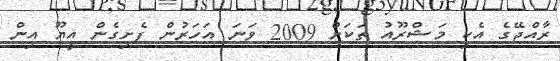
ރާއްޖޭގެ އެކި މަޝްރޫއު ތަކަށް 2009 ވަނަ އަހަރުން ފެށިގެން އީޔޫ އިން